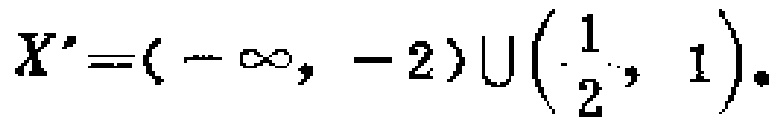
$X'=(-\infty, -2)\cup\left(\frac{1}{2}, 1\right).$